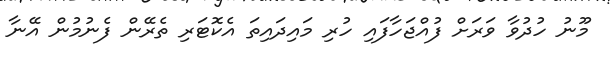
މޫނު ހުދުވާ ވަރަށް ފުއްޖަހާފައި ހުރި މައިދައިތަ އެކޮޓަރި ތެރޭން ފެނުމުން އޭނާ